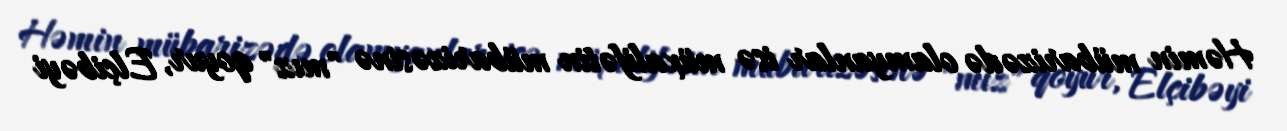
Həmin mübarizədə olamyanlar isə müxalifətin mübarizəsinə "mız" qoyur, Elçibəyi